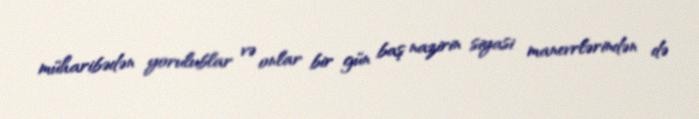
müharibədən yorulublar və onlar bir gün baş nazirin siyasi manevrlərindən də